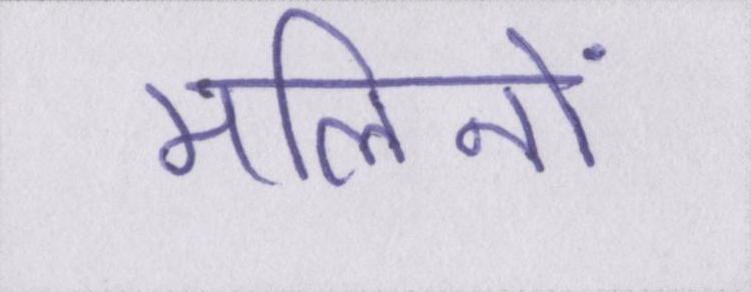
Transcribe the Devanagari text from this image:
मलिनों